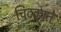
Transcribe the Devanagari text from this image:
चिटकाते